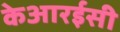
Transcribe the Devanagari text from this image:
केआरईसी